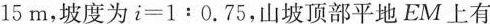
15 m，坡度为$$i = 1 : 0 . 7 5$$，山坡顶部平地EM上有